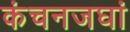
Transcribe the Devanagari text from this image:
कंचनजघां